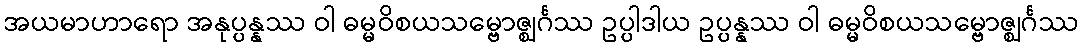
အယမာဟာရော အနုပ္ပန္နဿ ဝါ ဓမ္မဝိစယသမ္ဗောဇ္ဈင်္ဂဿ ဥပ္ပါဒါယ ဥပ္ပန္နဿ ဝါ ဓမ္မဝိစယသမ္ဗောဇ္ဈင်္ဂဿ